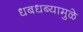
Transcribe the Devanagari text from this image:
धबधब्यामुळे